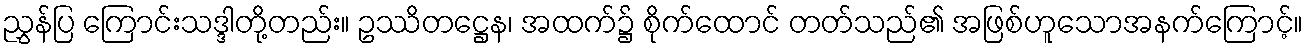
ညွှန်ပြ ကြောင်းသဒ္ဒါတို့တည်း။ ဥဿိတဋ္ဌေန၊ အထက်၌ စိုက်ထောင် တတ်သည်၏ အဖြစ်ဟူသောအနက်ကြောင့်။